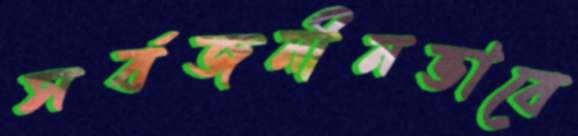
সর্বজনীনভাবে